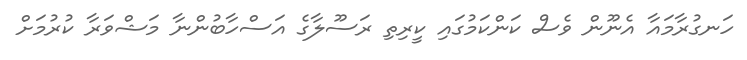
ހަނގުރާމައާ އެނޫން ވެސް ކަންކަމުގައި ކީރިތި ރަސޫލާގެ އަސްހާބުންނާ މަޝްވަރާ ކުރުމަށް